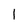
Character: 1